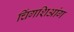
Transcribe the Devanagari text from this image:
चिंगशिआंग